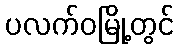
ပလက်ဝမြို့တွင်